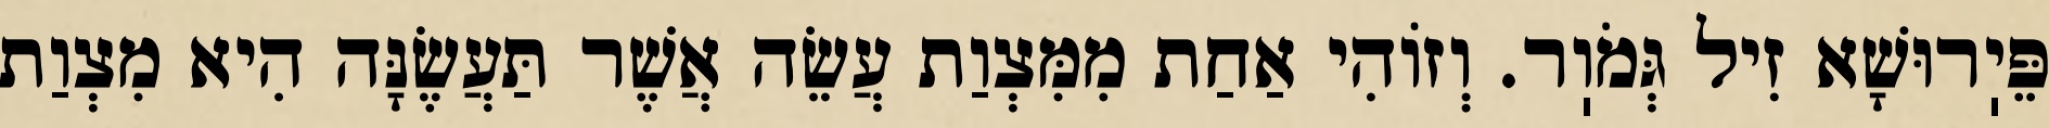
פֵּיֽרוּשָׁא זִיל גְּמֹוֽר. וְזוֹהִי אַחַת מִמִּצְוַת עֲשֵׂה אֲשֶׁר תַּעֲשֶׂנָּה הִיא מִצְוַת